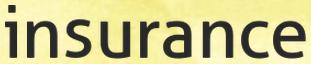
insurance